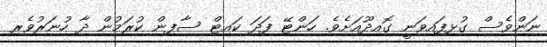
ނަންވެސް ގުޅިފައިވަނީ ގޮއިދޫއަށެވެ. ހަންޓޭ ފަދަ ކައިޓް ސާފިން ކުރަމުން ދާ ހުނަރުވެރި